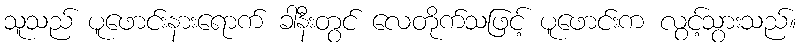
သူသည် ပူဖောင်းနားရောက် ခါနီးတွင် လေတိုက်သဖြင့် ပူဖောင်းက လွင့်သွားသည်။